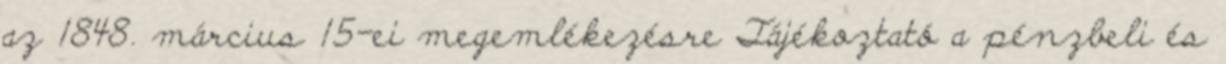
az 1848. március 15-ei megemlékezésre Tájékoztató a pénzbeli és